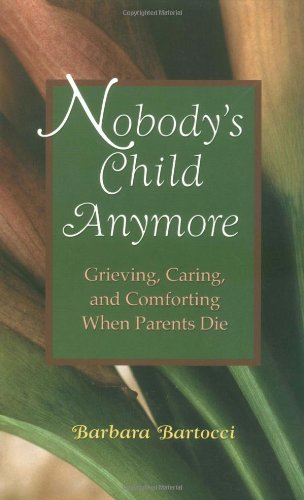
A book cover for Nobody's Child Anymore: Grieving, Caring and Comforting When Parents Die; Barbara Bartocci; Christian Books & Bibles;